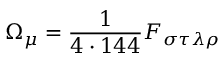
\Omega _ { \mu } = \frac { 1 } { 4 \cdot 1 4 4 } F _ { \sigma \tau \lambda \rho }